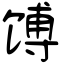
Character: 馎